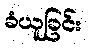
ခံယူခြင်း